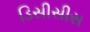
ડિસીસીસ